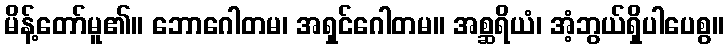
မိန့်တော်မူ၏။ ဘောဂေါတမ၊ အရှင်ဂေါတမ။ အစ္ဆရိယံ၊ အံ့ဘွယ်ရှိပါပေစွ။